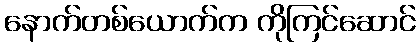
နောက်တစ်ယောက်က ကိုကြင်ဆောင်